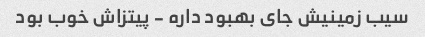
سیب زمینیش جای بهبود داره - پیتزاش خوب بود